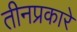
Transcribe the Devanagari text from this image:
तीनप्रकारे